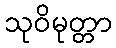
သုဝိမုတ္တာ